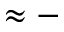
\approx -